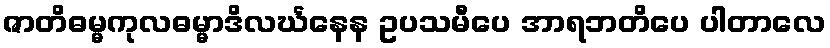
ဇာတိဓမ္မကုလဓမ္မာဒိလင်္ဃနေန ဥပသမီပေ အာရဘတိပေ ပါတာလေ